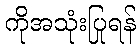
ကိုအသုံးပြုရန်